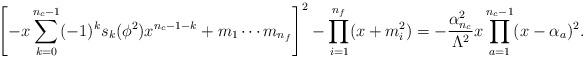
LaTeX: \begin{align*}\left[ -x \sum_{k=0}^{n_{c}-1} (-1)^{k} s_{k}(\phi^{2}) x^{n_{c}-1-k} + m_{1} \cdots m_{n_{f}} \right]^{2} - \prod_{i=1}^{n_{f}}(x+m_{i}^{2}) = -\frac{\alpha_{n_{c}}^{2}}{\Lambda^{2}} x \prod_{a=1}^{n_{c}-1} (x-\alpha_{a})^{2}.\end{align*}